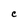
Character: C